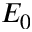
E _ { 0 }